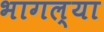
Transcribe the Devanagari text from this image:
भागल्या